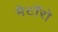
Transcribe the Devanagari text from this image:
मेटॉरो